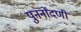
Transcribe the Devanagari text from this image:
पुनर्नोंदणी